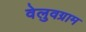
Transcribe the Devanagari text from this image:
वेलुवग्राम